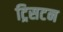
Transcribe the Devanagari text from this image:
ट्रिसटन